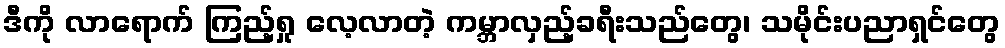
ဒီကို လာရောက် ကြည့်ရှု လေ့လာတဲ့ ကမ္ဘာလှည့်ခရီးသည်တွေ၊ သမိုင်းပညာရှင်တွေ